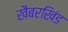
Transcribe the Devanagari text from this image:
खैबरखिंड